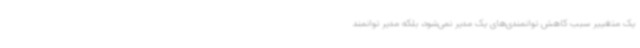
یک متغییر سبب کاهش توانمندی‌های یک مدیر نمی‌شود، بلکه مدیر توانمند